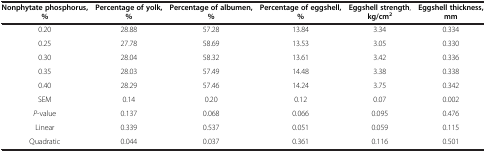
| Nonphytate phosphorus, % | Percentage of yolk, % | Percentage of albumen, % | Percentage of eggshell, % | Eggshell strength, kg/cm2 | Eggshell thickness, mm |
 | --- | --- | --- | --- | --- | --- |
 | 0.20 | 28.88 | 57.28 | 13.84 | 3.34 | 0.334 |
 | 0.25 | 27.78 | 58.69 | 13.53 | 3.05 | 0.330 |
 | 0.30 | 28.04 | 58.32 | 13.61 | 3.42 | 0.336 |
 | 0.35 | 28.03 | 57.49 | 14.48 | 3.38 | 0.338 |
 | 0.40 | 28.29 | 57.46 | 14.24 | 3.75 | 0.342 |
 | SEM | 0.14 | 0.20 | 0.12 | 0.07 | 0.002 |
 | P-value | 0.137 | 0.068 | 0.066 | 0.095 | 0.476 |
 | Linear | 0.339 | 0.537 | 0.051 | 0.059 | 0.115 |
 | Quadratic | 0.044 | 0.037 | 0.361 | 0.116 | 0.501 |